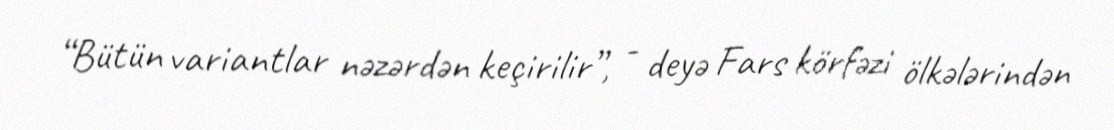
“Bütün variantlar nəzərdən keçirilir”, - deyə Fars körfəzi ölkələrindən